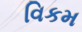
વિકમ